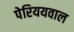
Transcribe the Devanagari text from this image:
पेरिययवाल